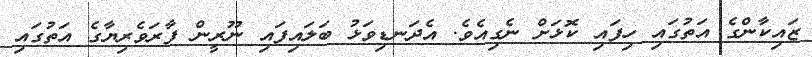
ޒައިކާންގެ އަތުގައި ހިފައި ކޮޅަށް ނެގިއެވެ. އެދަނޑިވަޅު ބަލައިފައި ނޫރީން ފާރަވެރިޔާގެ އަތުގައި